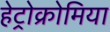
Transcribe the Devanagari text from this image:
हेट्रोक्रोमिया